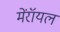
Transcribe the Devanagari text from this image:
मेंरॉयल